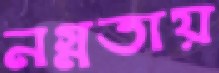
নগ্নতায়